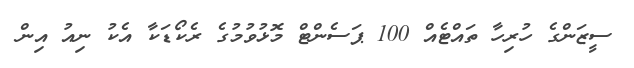
ސީޒަންގެ ހުރިހާ ތައްޓެއް 100 ޕަސެންޓް މޮޅުވުމުގެ ރެކޯޑަކާ އެކު ނިއު އިން